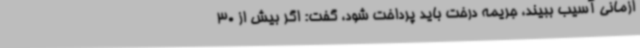
ازمانی آسیب ببیند، جریمه درخت باید پرداخت شود، گفت: اگر بیش از 30